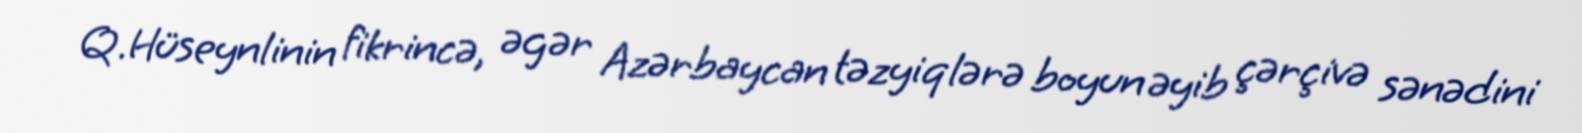
Q.Hüseynlinin fikrincə, əgər Azərbaycan təzyiqlərə boyun əyib çərçivə sənədini